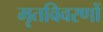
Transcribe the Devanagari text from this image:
मृतविवरणों